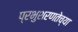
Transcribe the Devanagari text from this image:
प्रभुशरणतेच्या